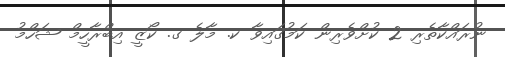
ނުރައްކާތެރި 2 ކުށްވެރިން ކަމުގައިވާ ކ. މާލެ ގ. ކޯޒީ އިބްރާހީމް ޝަހްމު